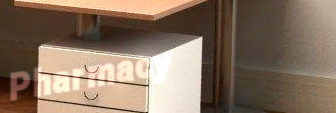
Pharmacy